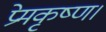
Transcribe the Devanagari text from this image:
प्रेमकृष्ण।